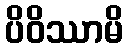
ပိဝိဿာမိ